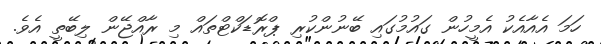
ހަަމަ އެއާއެކު އެމީހުން ގައުމުގައި ބޭނުންކުރި ޕްރޮޑަކްޓްތައް މި ރާއްޖޭން ލިބޭތީ އެވެ.